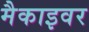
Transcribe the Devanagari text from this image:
मैकाइवर